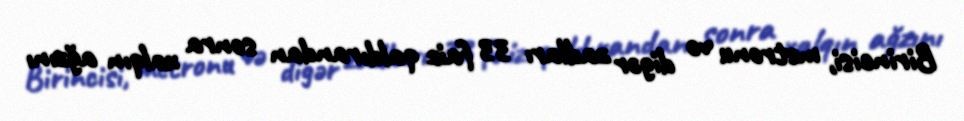
Birincisi, metronu və digər zadları 33 faiz qaldırandan sonra xalqın ağzını